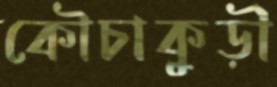
কৌচাকুড়ী